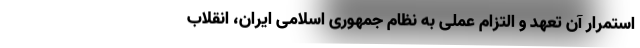
استمرار آن تعهد و التزام عملی به نظام جمهوری اسلامی ایران، انقلاب